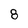
Character: 8